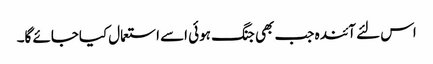
اس لئے آئندہ جب بھی جنگ ہوئی اسے استعمال کیاجائے گا۔